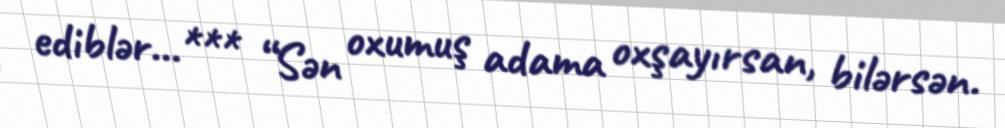
ediblər...*** “Sən oxumuş adama oxşayırsan, bilərsən.